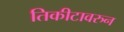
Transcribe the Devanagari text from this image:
तिकीटावरुन